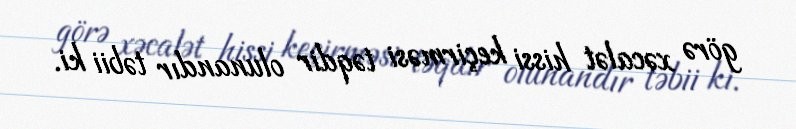
görə xəcalət hissi keçirməsi təqdir olunandır təbii ki.